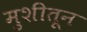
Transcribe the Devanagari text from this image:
मुशीतून